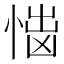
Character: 𢝿